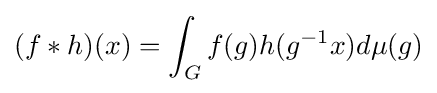
(f*h)(x)=\int _{G}f(g)h(g^{-1}x)d\mu (g)